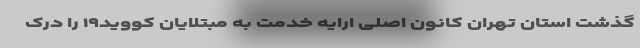
گذشت استان تهران کانون اصلی ارایه خدمت به مبتلایان کووید۱۹ را درک